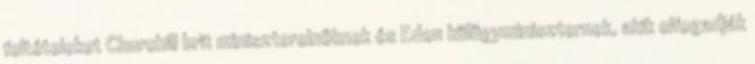
feltételeket Churchill brit miniszterelnöknek és Eden külügyminiszternek, akik elfogadják